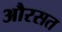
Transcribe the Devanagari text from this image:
औरसत